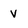
Character: V